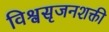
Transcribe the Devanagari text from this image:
विश्वसृजनशक्ती